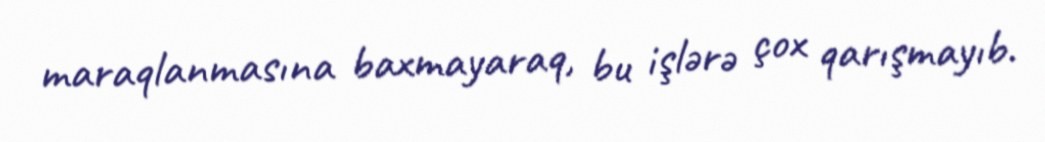
maraqlanmasına baxmayaraq, bu işlərə çox qarışmayıb.